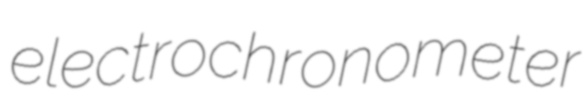
electrochronometer